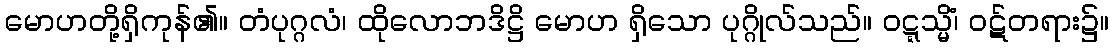
မောဟတို့ရှိကုန်၏။ တံပုဂ္ဂလံ၊ ထိုလောဘဒိဋ္ဌိ မောဟ ရှိသော ပုဂ္ဂိုလ်သည်။ ဝဋ္ဋသ္မိံ၊ ဝဋ်တရား၌။